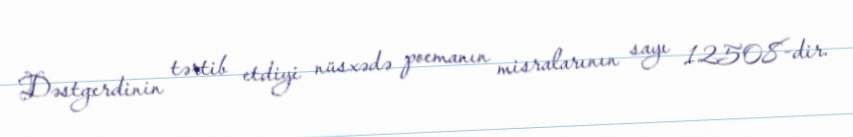
Dəstgerdinin tərtib etdiyi nüsxədə poemanın misralarının sayı 12508-dir.